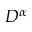
D ^ { \alpha }